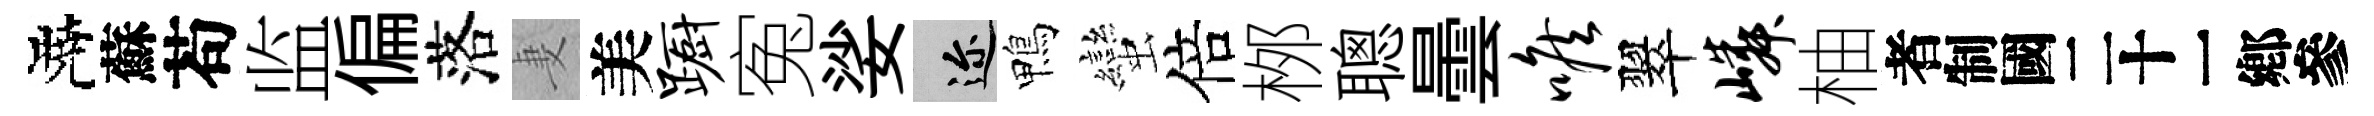
曉蘇苟监偏落妻美蹰寃娑邇鴨蠻倍桞聰曇喉翠嶙柚识